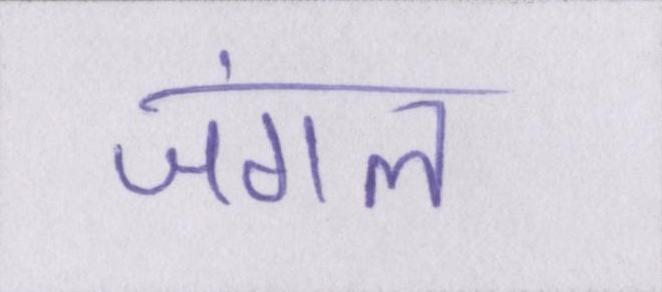
जंगल